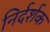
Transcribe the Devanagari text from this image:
निर्दर्शक